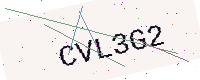
Text: CVL3G2